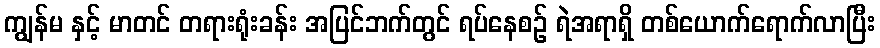
ကျွန်မ နှင့် မာတင် တရားရုံးခန်း အပြင်ဘက်တွင် ရပ်နေစဉ် ရဲအရာရှိ တစ်ယောက်ရောက်လာပြီး